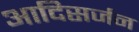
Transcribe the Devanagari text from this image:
आदिसर्जन